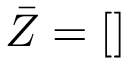
\bar { Z } = [ ]